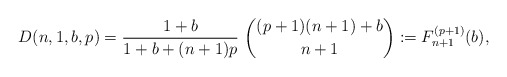
\begin{gather*}D(n,1,b,p)={1+b \over 1+b+(n+1)p}~{(p+1)(n+1)+b \choose n+1}:=F_{n+1}^{(p+1)}(b),\end{gather*}